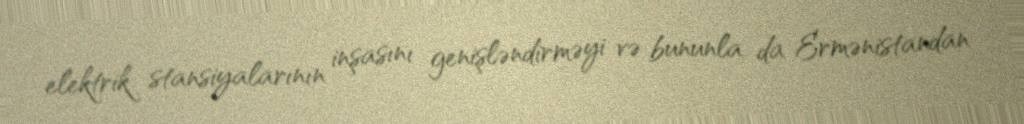
elektrik stansiyalarının inşasını genişləndirməyi və bununla da Ermənistandan